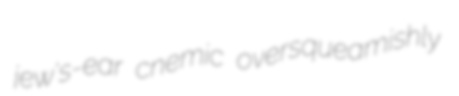
jew's-ear cnemic oversqueamishly